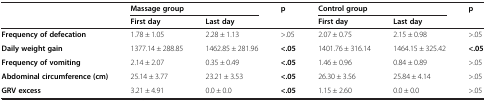
<table><thead><tr><td rowspan="2"></td><td colspan="2"><b>Massage group</b></td><td rowspan="2"><b>p</b></td><td colspan="2"><b>Control group</b></td><td rowspan="2"><b>p</b></td></tr><tr><td><b>First day</b></td><td><b>Last day</b></td><td><b>First day</b></td><td><b>Last day</b></td></tr></thead><tbody><tr><td><b>Frequency of defecation</b></td><td>1.78 ± 1.05</td><td>2.28 ± 1.13</td><td>&gt;.05</td><td>2.07 ± 0.75</td><td>2.15 ± 0.98</td><td>&gt;.05</td></tr><tr><td><b>Daily weight gain</b></td><td>1377.14 ± 288.85</td><td>1462.85 ± 281.96</td><td><b>&lt;.05</b></td><td>1401.76 ± 316.14</td><td>1464.15 ± 325.42</td><td><b>&lt;.05</b></td></tr><tr><td><b>Frequency of vomiting</b></td><td>2.14 ± 2.07</td><td>0.35 ± 0.49</td><td><b>&lt;.05</b></td><td>1.46 ± 0.96</td><td>0.84 ± 0.89</td><td>&gt;.05</td></tr><tr><td><b>Abdominal circumference (cm)</b></td><td>25.14 ± 3.77</td><td>23.21 ± 3.53</td><td><b>&lt;.05</b></td><td>26.30 ± 3.56</td><td>25.84 ± 4.14</td><td>&gt;.05</td></tr><tr><td><b>GRV excess</b></td><td>3.21 ± 4.91</td><td>0.0 ± 0.0</td><td><b>&lt;.05</b></td><td>1.15 ± 2.60</td><td>0.0 ± 0.0</td><td>&gt;.05</td></tr></tbody></table>